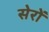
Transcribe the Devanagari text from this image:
सेरों